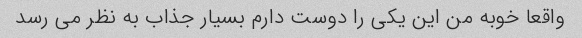
واقعا خوبه من این یکی را دوست دارم بسیار جذاب به نظر می رسد